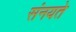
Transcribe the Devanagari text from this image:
संनयते